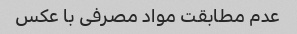
عدم مطابقت مواد مصرفی با عکس